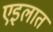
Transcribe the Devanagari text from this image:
एइलात